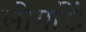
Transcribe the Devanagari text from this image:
लोगांें